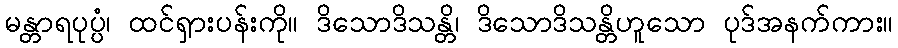
မန္တာရပုပ္ပံ၊ ထင်ရှားပန်းကို။ ဒိသောဒိသန္တိ၊ ဒိသောဒိသန္တိဟူသော ပုဒ်အနက်ကား။